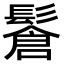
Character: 𩮩